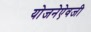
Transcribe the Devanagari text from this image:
योजनेऐवजी